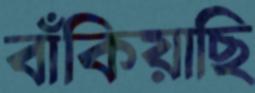
বাঁকিয়াছি